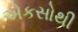
એકસોથી